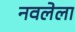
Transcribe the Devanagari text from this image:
नवलेला